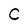
Character: C